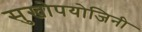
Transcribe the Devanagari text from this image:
सुखोपयोजिनी